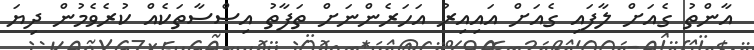
އާންތު ގެއަށް ލާފައި ގެއަށް އައިއިރު އަހަރެންނަށް ތަފާތު އިސްސާތަކެއް ކުރެވެމުން ދިޔަ